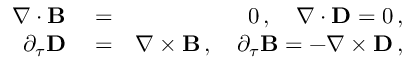
\begin{array} { r l r } { \nabla \cdot { \bf B } } & { { } = } & { 0 \, , \quad \nabla \cdot { \bf D } = 0 \, , } \\ { \partial _ { \tau } { \bf D } } & { { } = } & { \nabla \times { \bf B } \, , \quad \partial _ { \tau } { \bf B } = - \nabla \times { \bf D } \, , } \end{array}